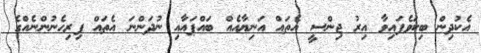
އެކުދިން ބިކަވެފައިވާ އިރު ޖިންސީ އެތައް އަނިޔާއެއް ބައްޕައާއި ނުދަންނަ އެތައް ފިރިހެނުންނެއްގެ